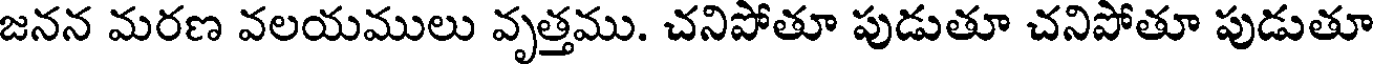
జనన మరణ వలయములు వృత్తము. చనిపోతూ పుడుతూ చనిపోతూ పుడుతూ